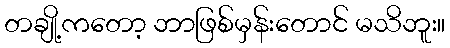
တချို့ကတော့ ဘာဖြစ်မှန်းတောင် မသိဘူး။